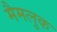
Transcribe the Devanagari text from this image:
मैमलुक